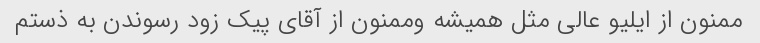
ممنون از ایلیو عالی مثل همیشه وممنون از آقای پیک زود رسوندن به ذستم